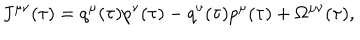
J ^ { \mu \nu } ( \tau ) = q ^ { \mu } ( \tau ) p ^ { \nu } ( \tau ) - q ^ { \nu } ( \tau ) p ^ { \mu } ( \tau ) + \Omega ^ { \mu \nu } ( \tau ) ,